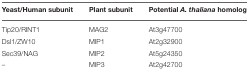
<table><thead><tr><td><b>Yeast/Human subunit</b></td><td><b>Plant subunit</b></td><td><b>Potential <i>A. thaliana</i> homolog</b></td></tr></thead><tbody><tr><td>Tip20/RINT1</td><td>MAG2</td><td>At3g47700</td></tr><tr><td>Dsl1/ZW10</td><td>MIP1</td><td>At2g32900</td></tr><tr><td>Sec39/NAG</td><td>MIP2</td><td>At5g24350</td></tr><tr><td>–</td><td>MIP3</td><td>At2g42700</td></tr></tbody></table>